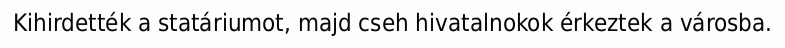
Kihirdették a statáriumot, majd cseh hivatalnokok érkeztek a városba.